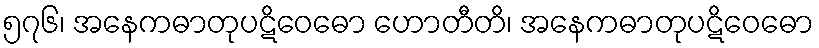
၅၇၆၊ အနေကဓာတုပဋိဝေဓော ဟောတီတိ၊ အနေကဓာတုပဋိဝေဓော